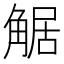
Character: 𧣻